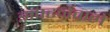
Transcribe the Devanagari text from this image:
झपटनेवाले